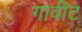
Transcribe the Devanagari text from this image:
गावीट